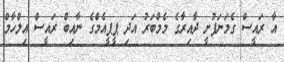
އާ ރައީސް ގެމަނަފުށީ ދާއިރާގެ މެމްބަރު އަދި ޕީޕީއެމްގެ ނާއިބް ރައީސް އިލްހާމް